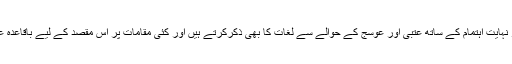
تفسیر القرآن باللغۃ العربیۃ: متعدد مقامات پر نہایت اہتمام کے ساتھ عتبی اور عوسج کے حوالے سے لغات کا بھی ذکرکرتے ہیں اور کئی مقامات پر اس مقصد کے لیے باقاعدہ عربی اشعار بھی بطور حوالہ پیش کرتے ہیں۔